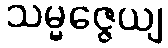
သမ္မဇ္ဇေယျ